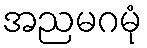
အညမဂမုံ